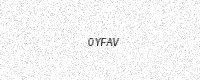
Text: 0YFAV